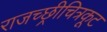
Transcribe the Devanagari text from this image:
राजच्छ्रीचित्रकूट